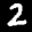
Label: 2